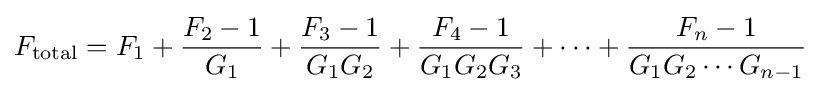
F_{\text{total}}=F_{1}+{\frac {F_{2}-1}{G_{1}}}+{\frac {F_{3}-1}{G_{1}G_{2}}}+{\frac {F_{4}-1}{G_{1}G_{2}G_{3}}}+\cdots +{\frac {F_{n}-1}{G_{1}G_{2}\cdots G_{n-1}}}